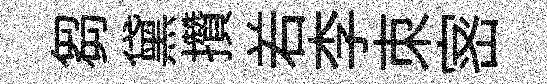
芻黛攢𠰥李朿宻